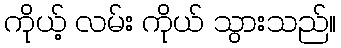
ကိုယ့် လမ်း ကိုယ် သွားသည်။